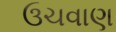
ઉચવાણ